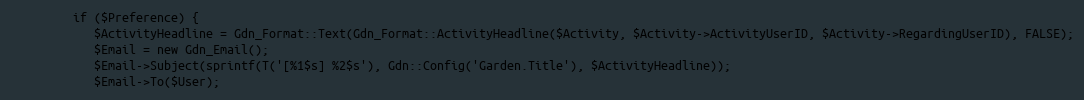
Language: PHP
         if ($Preference) {
            $ActivityHeadline = Gdn_Format::Text(Gdn_Format::ActivityHeadline($Activity, $Activity->ActivityUserID, $Activity->RegardingUserID), FALSE);
            $Email = new Gdn_Email();
            $Email->Subject(sprintf(T('[%1$s] %2$s'), Gdn::Config('Garden.Title'), $ActivityHeadline));
            $Email->To($User);